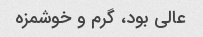
عالی بود، گرم و خوشمزه